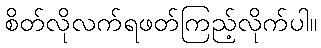
စိတ်လိုလက်ရဖတ်ကြည့်လိုက်ပါ။